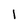
Character: 1